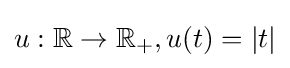
u:\mathbb {R} \rightarrow \mathbb {R} _{+},u(t)=|t|